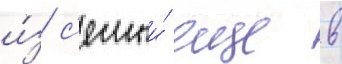
и́з с'емьи́ еще в